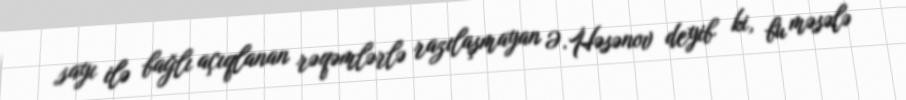
sayı ilə bağlı açıqlanan rəqəmlərlə razılaşmayan Ə.Həsənov deyib ki, bu məsələ